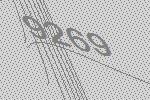
9269